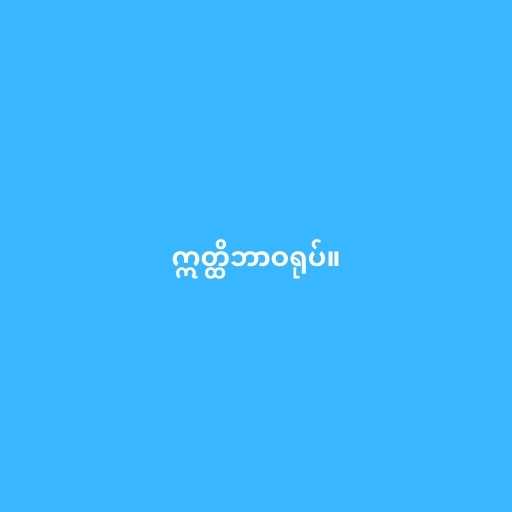
ဣတ္ထိဘာဝရုပ်။